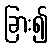
ခြား၍